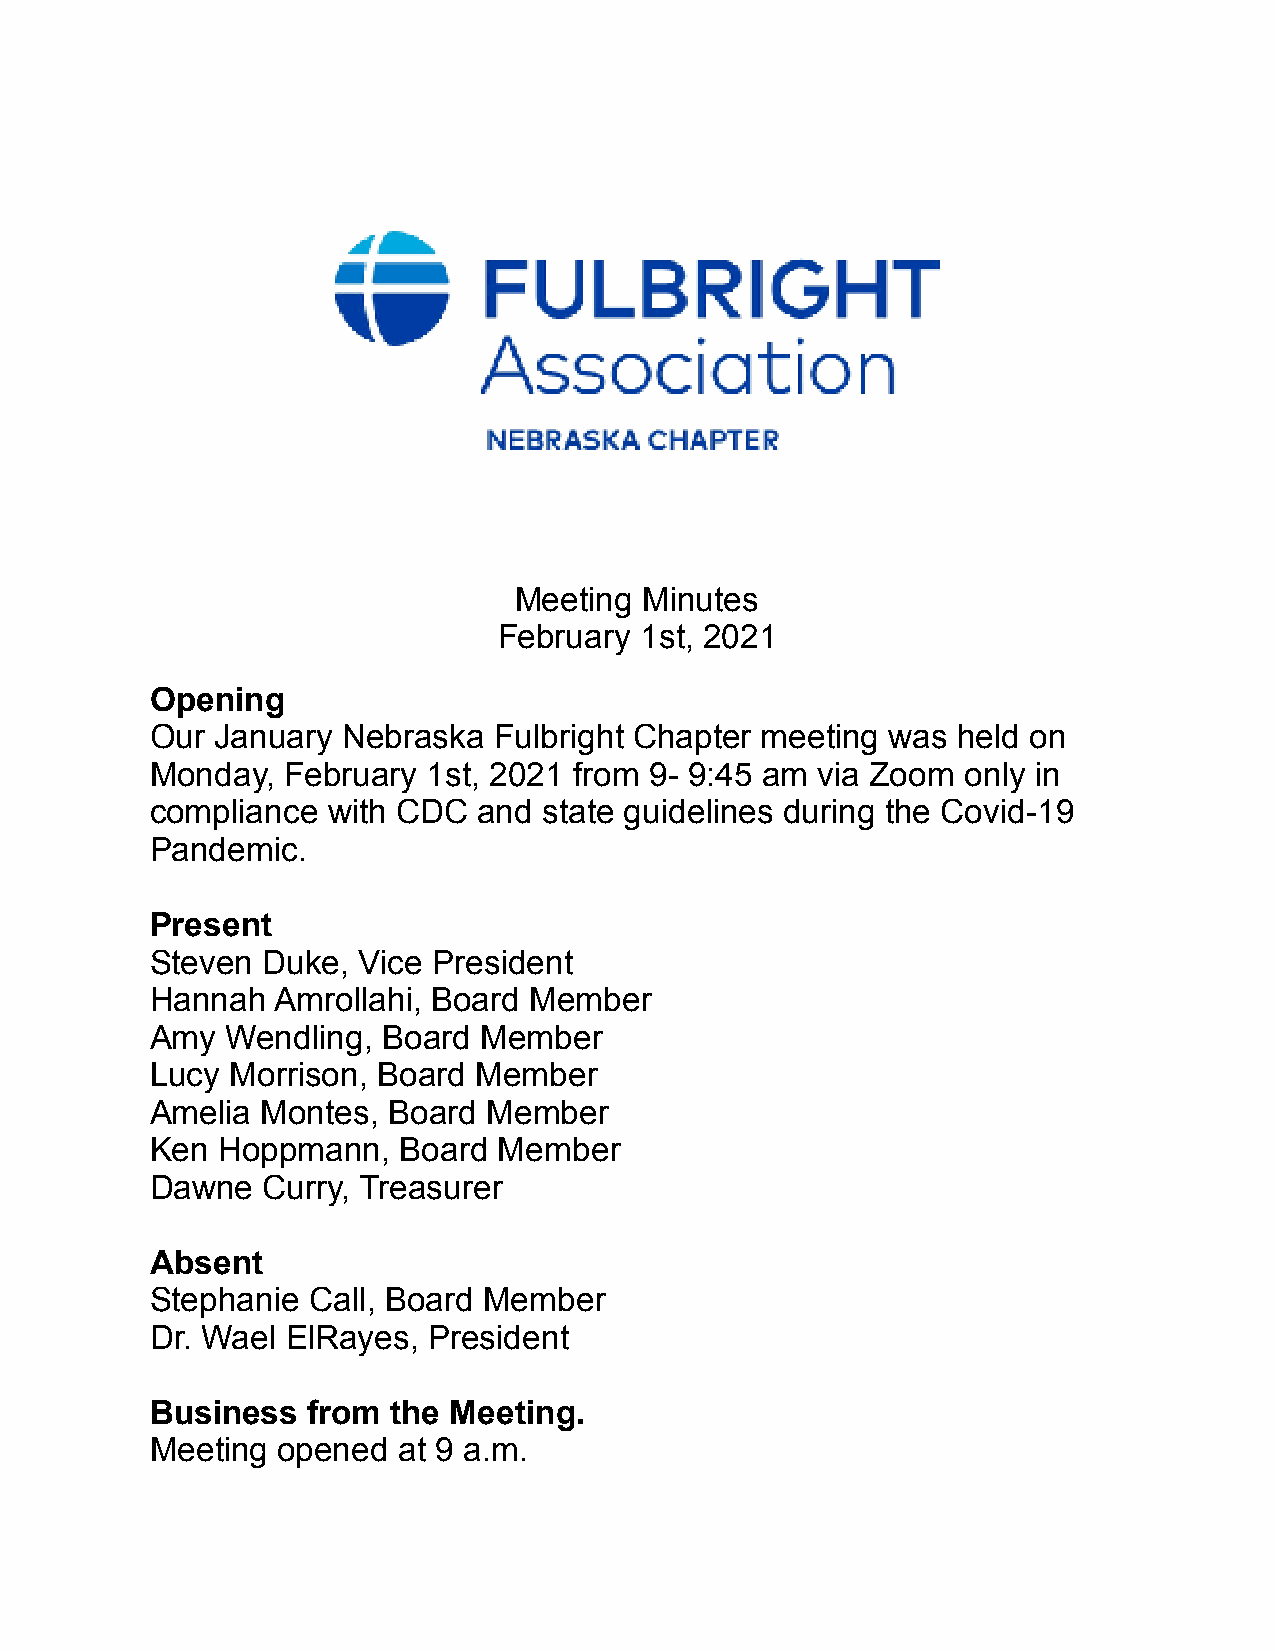
Meeting  Minutes
 February 1st, 2021
 Opening
 Our January  Nebraska  Fulbright Chapter meeting was held on
 Monday,  February 1st, 2021 from 9- 9:45 am via Zoom  only in
 compliance  with CDC  and state guidelines during the Covid-19
 Pandemic.
 Present
 Steven Duke,  Vice President
 Hannah  Amrollahi, Board Member
 Amy  Wendling, Board  Member
 Lucy Morrison, Board  Member
 Amelia Montes,  Board Member
 Ken Hoppmann,   Board  Member
 Dawne  Curry, Treasurer
 Absent
 Stephanie Call, Board Member
 Dr. Wael ElRayes, President
 Business  from  the Meeting.
 Meeting opened  at 9 a.m.